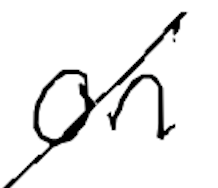
Text: on
Cross-out: diagonal
Writing tool: digital_black